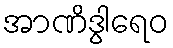
အာဏိဒွါရေဝ